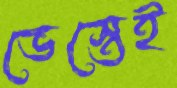
ভেস্তেই